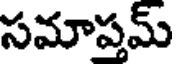
సమాప్తమ్